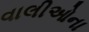
વાલીઓના